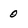
Character: 0